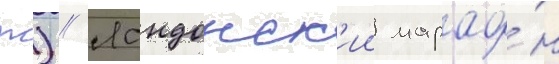
ж) // Лондонск'ии марафо́н